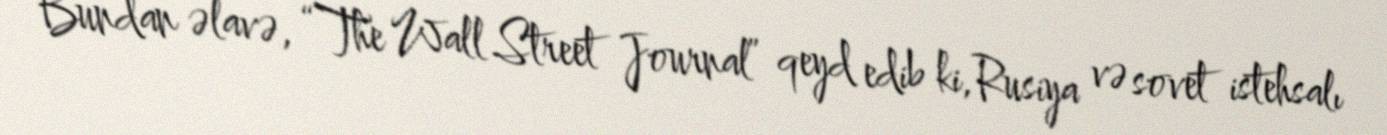
Bundan əlavə, “The Wall Street Journal” qeyd edib ki, Rusiya və sovet istehsalı